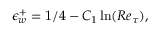
\epsilon _ { w } ^ { + } = 1 / 4 - C _ { 1 } \ln ( R e _ { \tau } ) ,